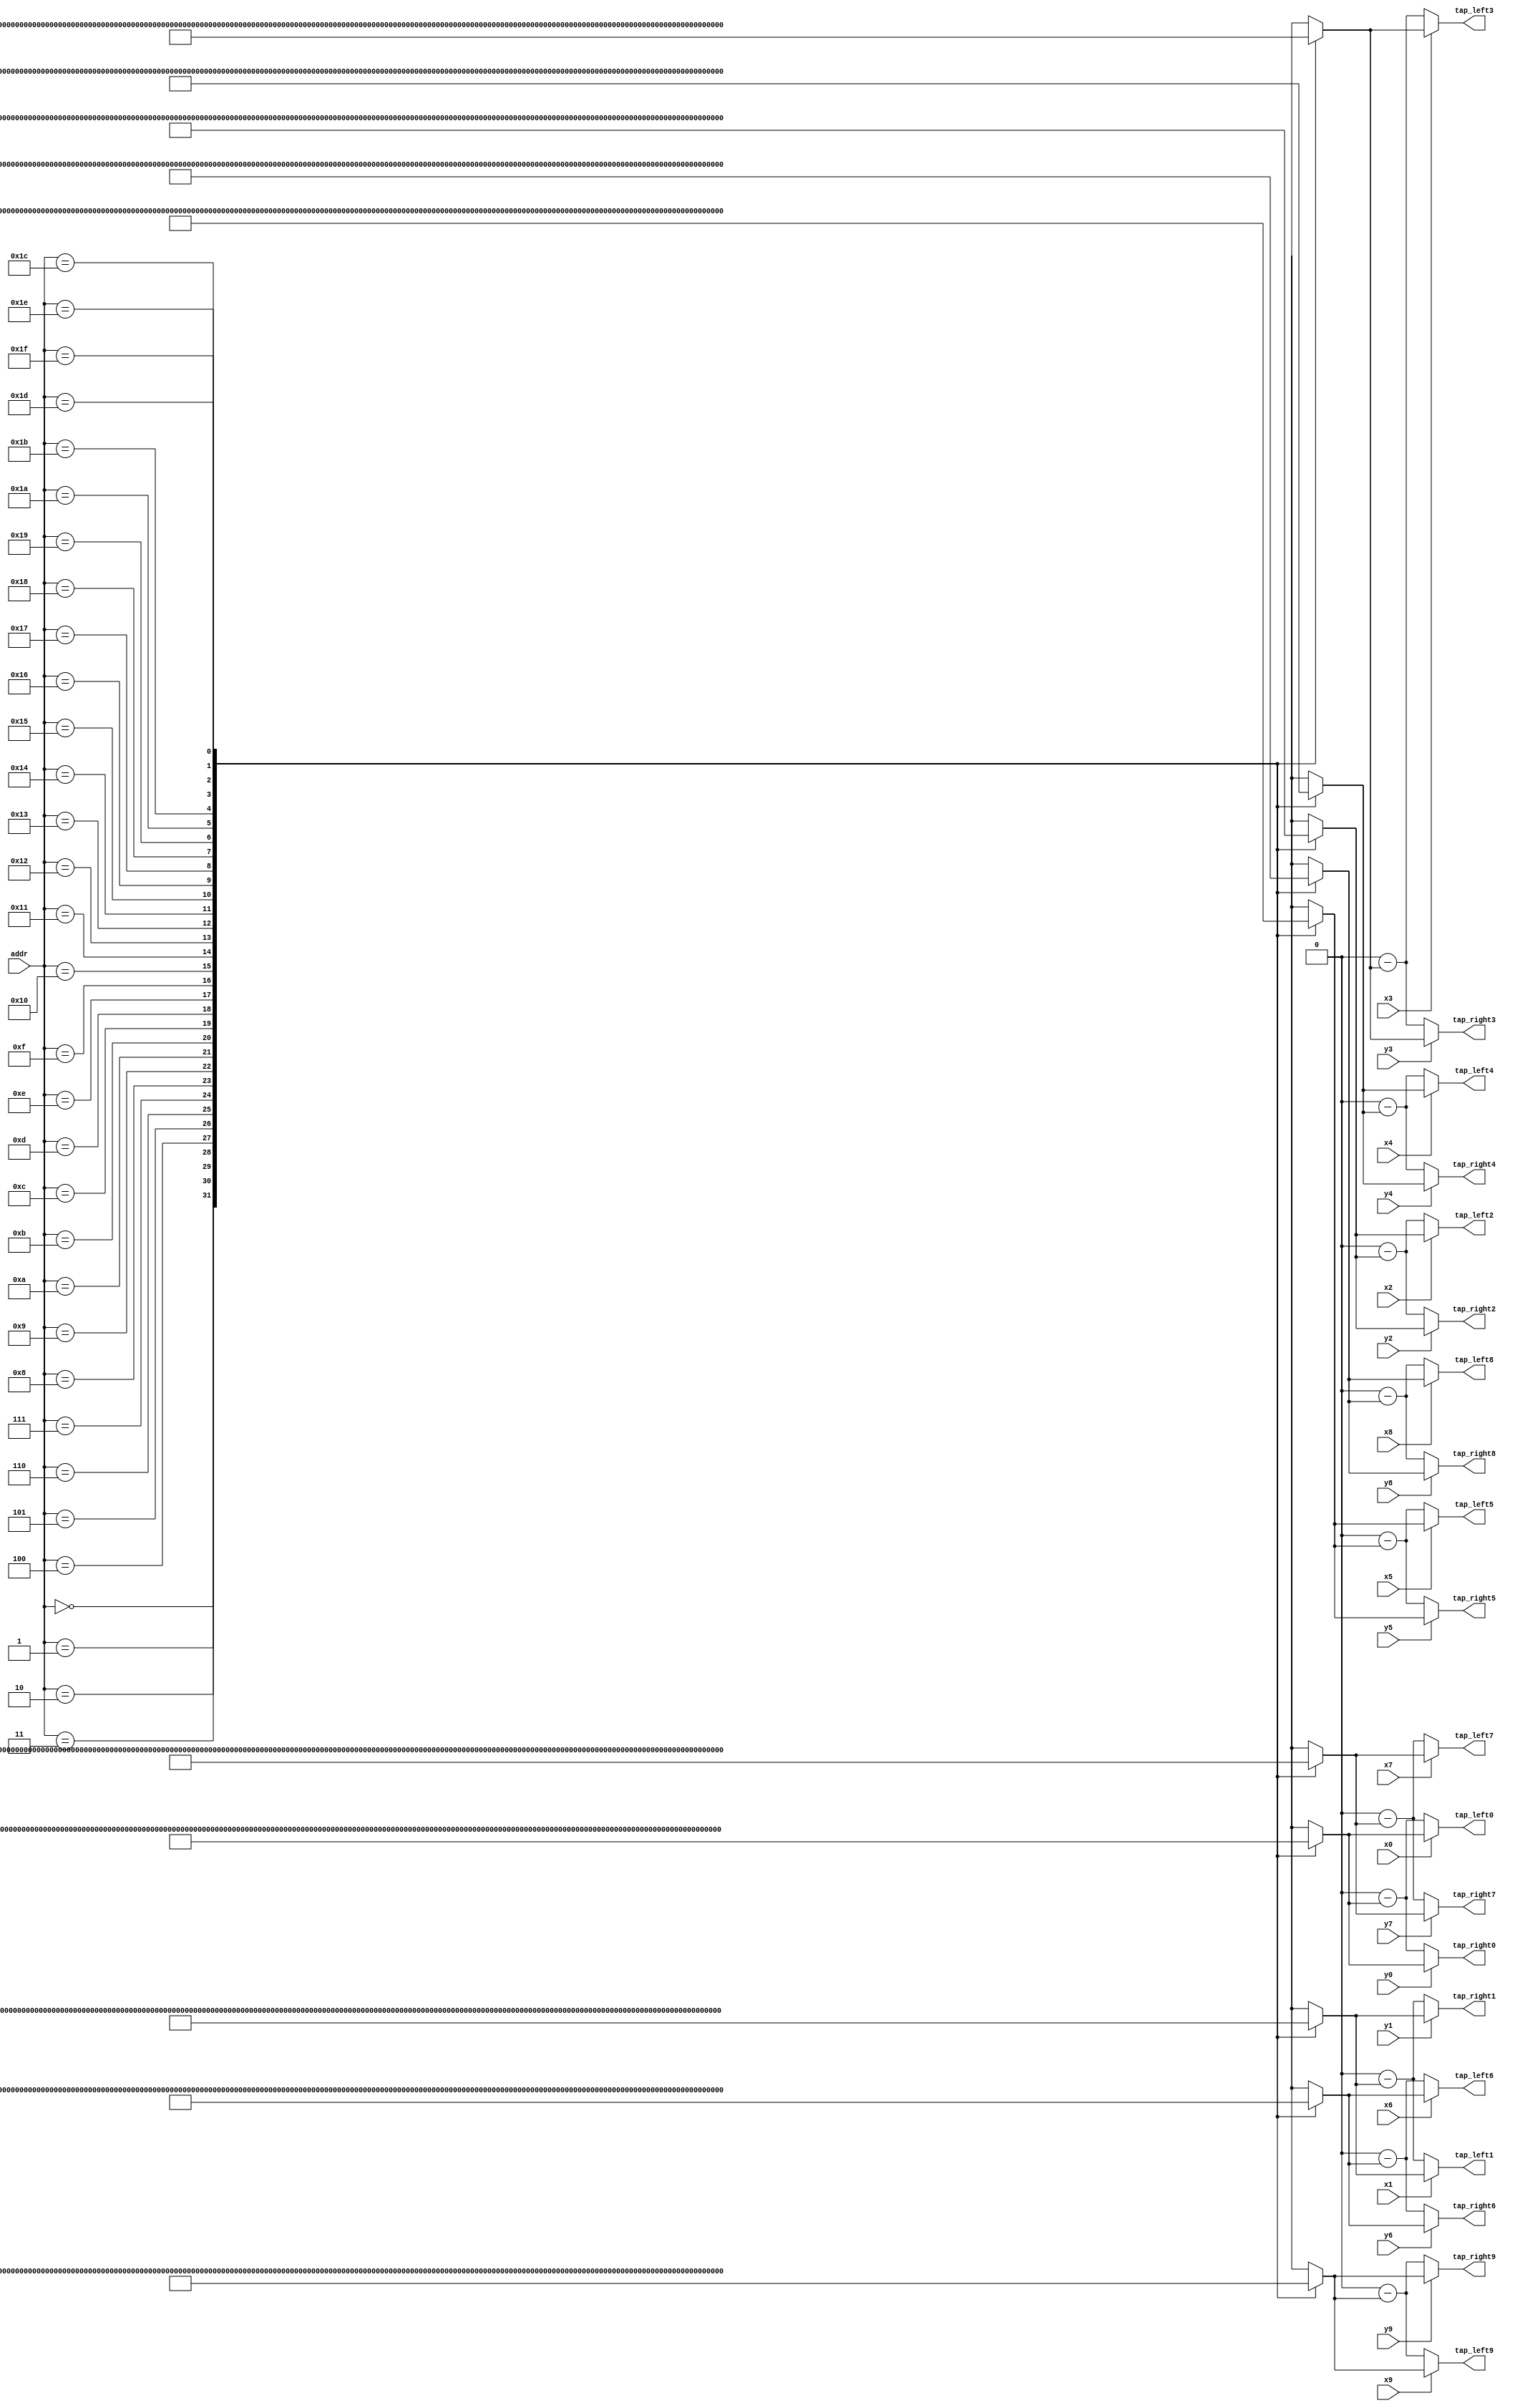
module dsd128_rom(
input x0,
input x1,
input x2,
input x3,
input x4,
input x5,
input x6,
input x7,
input x8,
input x9,
input y0,
input y1,
input y2,
input y3,
input y4,
input y5,
input y6,
input y7,
input y8,
input y9,
output signed [31:0] tap_left0,
output signed [31:0] tap_left1,
output signed [31:0] tap_left2,
output signed [31:0] tap_left3,
output signed [31:0] tap_left4,
output signed [31:0] tap_left5,
output signed [31:0] tap_left6,
output signed [31:0] tap_left7,
output signed [31:0] tap_left8,
output signed [31:0] tap_left9,
output signed [31:0] tap_right0,
output signed [31:0] tap_right1,
output signed [31:0] tap_right2,
output signed [31:0] tap_right3,
output signed [31:0] tap_right4,
output signed [31:0] tap_right5,
output signed [31:0] tap_right6,
output signed [31:0] tap_right7,
output signed [31:0] tap_right8,
output signed [31:0] tap_right9,
input [4:0] addr
);

wire signed [31:0] TAP128_MAP0[0:31];
wire signed [31:0] TAP128_MAP1[0:31];
wire signed [31:0] TAP128_MAP2[0:31];
wire signed [31:0] TAP128_MAP3[0:31];
wire signed [31:0] TAP128_MAP4[0:31];
wire signed [31:0] TAP128_MAP5[0:31];
wire signed [31:0] TAP128_MAP6[0:31];
wire signed [31:0] TAP128_MAP7[0:31];
wire signed [31:0] TAP128_MAP8[0:31];
wire signed [31:0] TAP128_MAP9[0:31];

assign TAP128_MAP0[0] = 244;
assign TAP128_MAP1[0] = 223;
assign TAP128_MAP2[0] = 323;
assign TAP128_MAP3[0] = 450;
assign TAP128_MAP4[0] = 610;
assign TAP128_MAP5[0] = 808;
assign TAP128_MAP6[0] = 1050;
assign TAP128_MAP7[0] = 1341;
assign TAP128_MAP8[0] = 1689;
assign TAP128_MAP9[0] = 2100;
assign TAP128_MAP0[1] = 2583;
assign TAP128_MAP1[1] = 3144;
assign TAP128_MAP2[1] = 3792;
assign TAP128_MAP3[1] = 4534;
assign TAP128_MAP4[1] = 5378;
assign TAP128_MAP5[1] = 6333;
assign TAP128_MAP6[1] = 7404;
assign TAP128_MAP7[1] = 8601;
assign TAP128_MAP8[1] = 9928;
assign TAP128_MAP9[1] = 11391;
assign TAP128_MAP0[2] = 12995;
assign TAP128_MAP1[2] = 14742;
assign TAP128_MAP2[2] = 16635;
assign TAP128_MAP3[2] = 18671;
assign TAP128_MAP4[2] = 20850;
assign TAP128_MAP5[2] = 23166;
assign TAP128_MAP6[2] = 25611;
assign TAP128_MAP7[2] = 28175;
assign TAP128_MAP8[2] = 30843;
assign TAP128_MAP9[2] = 33597;
assign TAP128_MAP0[3] = 36416;
assign TAP128_MAP1[3] = 39273;
assign TAP128_MAP2[3] = 42138;
assign TAP128_MAP3[3] = 44973;
assign TAP128_MAP4[3] = 47739;
assign TAP128_MAP5[3] = 50389;
assign TAP128_MAP6[3] = 52870;
assign TAP128_MAP7[3] = 55125;
assign TAP128_MAP8[3] = 57089;
assign TAP128_MAP9[3] = 58692;
assign TAP128_MAP0[4] = 59858;
assign TAP128_MAP1[4] = 60504;
assign TAP128_MAP2[4] = 60542;
assign TAP128_MAP3[4] = 59878;
assign TAP128_MAP4[4] = 58411;
assign TAP128_MAP5[4] = 56037;
assign TAP128_MAP6[4] = 52644;
assign TAP128_MAP7[4] = 48117;
assign TAP128_MAP8[4] = 42340;
assign TAP128_MAP9[4] = 35188;
assign TAP128_MAP0[5] = 26537;
assign TAP128_MAP1[5] = 16262;
assign TAP128_MAP2[5] = 4236;
assign TAP128_MAP3[5] = -9668;
assign TAP128_MAP4[5] = -25575;
assign TAP128_MAP5[5] = -43608;
assign TAP128_MAP6[5] = -63883;
assign TAP128_MAP7[5] = -86515;
assign TAP128_MAP8[5] = -111607;
assign TAP128_MAP9[5] = -139257;
assign TAP128_MAP0[6] = -169551;
assign TAP128_MAP1[6] = -202563;
assign TAP128_MAP2[6] = -238354;
assign TAP128_MAP3[6] = -276968;
assign TAP128_MAP4[6] = -318433;
assign TAP128_MAP5[6] = -362756;
assign TAP128_MAP6[6] = -409925;
assign TAP128_MAP7[6] = -459902;
assign TAP128_MAP8[6] = -512627;
assign TAP128_MAP9[6] = -568011;
assign TAP128_MAP0[7] = -625939;
assign TAP128_MAP1[7] = -686263;
assign TAP128_MAP2[7] = -748807;
assign TAP128_MAP3[7] = -813360;
assign TAP128_MAP4[7] = -879677;
assign TAP128_MAP5[7] = -947479;
assign TAP128_MAP6[7] = -1016449;
assign TAP128_MAP7[7] = -1086236;
assign TAP128_MAP8[7] = -1156448;
assign TAP128_MAP9[7] = -1226659;
assign TAP128_MAP0[8] = -1296403;
assign TAP128_MAP1[8] = -1365177;
assign TAP128_MAP2[8] = -1432442;
assign TAP128_MAP3[8] = -1497623;
assign TAP128_MAP4[8] = -1560108;
assign TAP128_MAP5[8] = -1619253;
assign TAP128_MAP6[8] = -1674381;
assign TAP128_MAP7[8] = -1724787;
assign TAP128_MAP8[8] = -1769735;
assign TAP128_MAP9[8] = -1808467;
assign TAP128_MAP0[9] = -1840200;
assign TAP128_MAP1[9] = -1864136;
assign TAP128_MAP2[9] = -1879457;
assign TAP128_MAP3[9] = -1885338;
assign TAP128_MAP4[9] = -1880943;
assign TAP128_MAP5[9] = -1865434;
assign TAP128_MAP6[9] = -1837975;
assign TAP128_MAP7[9] = -1797737;
assign TAP128_MAP8[9] = -1743901;
assign TAP128_MAP9[9] = -1675664;
assign TAP128_MAP0[10] = -1592247;
assign TAP128_MAP1[10] = -1492897;
assign TAP128_MAP2[10] = -1376893;
assign TAP128_MAP3[10] = -1243554;
assign TAP128_MAP4[10] = -1092241;
assign TAP128_MAP5[10] = -922365;
assign TAP128_MAP6[10] = -733393;
assign TAP128_MAP7[10] = -524850;
assign TAP128_MAP8[10] = -296328;
assign TAP128_MAP9[10] = -47489;
assign TAP128_MAP0[11] = 221932;
assign TAP128_MAP1[11] = 512118;
assign TAP128_MAP2[11] = 823170;
assign TAP128_MAP3[11] = 1155100;
assign TAP128_MAP4[11] = 1507830;
assign TAP128_MAP5[11] = 1881189;
assign TAP128_MAP6[11] = 2274907;
assign TAP128_MAP7[11] = 2688617;
assign TAP128_MAP8[11] = 3121852;
assign TAP128_MAP9[11] = 3574043;
assign TAP128_MAP0[12] = 4044520;
assign TAP128_MAP1[12] = 4532510;
assign TAP128_MAP2[12] = 5037141;
assign TAP128_MAP3[12] = 5557439;
assign TAP128_MAP4[12] = 6092333;
assign TAP128_MAP5[12] = 6640658;
assign TAP128_MAP6[12] = 7201156;
assign TAP128_MAP7[12] = 7772479;
assign TAP128_MAP8[12] = 8353196;
assign TAP128_MAP9[12] = 8941798;
assign TAP128_MAP0[13] = 9536699;
assign TAP128_MAP1[13] = 10136248;
assign TAP128_MAP2[13] = 10738731;
assign TAP128_MAP3[13] = 11342380;
assign TAP128_MAP4[13] = 11945381;
assign TAP128_MAP5[13] = 12545878;
assign TAP128_MAP6[13] = 13141987;
assign TAP128_MAP7[13] = 13731801;
assign TAP128_MAP8[13] = 14313397;
assign TAP128_MAP9[13] = 14884852;
assign TAP128_MAP0[14] = 15444242;
assign TAP128_MAP1[14] = 15989660;
assign TAP128_MAP2[14] = 16519223;
assign TAP128_MAP3[14] = 17031078;
assign TAP128_MAP4[14] = 17523416;
assign TAP128_MAP5[14] = 17994476;
assign TAP128_MAP6[14] = 18442561;
assign TAP128_MAP7[14] = 18866040;
assign TAP128_MAP8[14] = 19263359;
assign TAP128_MAP9[14] = 19633050;
assign TAP128_MAP0[15] = 19973739;
assign TAP128_MAP1[15] = 20284151;
assign TAP128_MAP2[15] = 20563118;
assign TAP128_MAP3[15] = 20809587;
assign TAP128_MAP4[15] = 21022621;
assign TAP128_MAP5[15] = 21201410;
assign TAP128_MAP6[15] = 21345270;
assign TAP128_MAP7[15] = 21453651;
assign TAP128_MAP8[15] = 21526138;
assign TAP128_MAP9[15] = 21562450;
assign TAP128_MAP0[16] = 21562450;
assign TAP128_MAP1[16] = 21526138;
assign TAP128_MAP2[16] = 21453651;
assign TAP128_MAP3[16] = 21345270;
assign TAP128_MAP4[16] = 21201410;
assign TAP128_MAP5[16] = 21022621;
assign TAP128_MAP6[16] = 20809587;
assign TAP128_MAP7[16] = 20563118;
assign TAP128_MAP8[16] = 20284151;
assign TAP128_MAP9[16] = 19973739;
assign TAP128_MAP0[17] = 19633050;
assign TAP128_MAP1[17] = 19263359;
assign TAP128_MAP2[17] = 18866040;
assign TAP128_MAP3[17] = 18442561;
assign TAP128_MAP4[17] = 17994476;
assign TAP128_MAP5[17] = 17523416;
assign TAP128_MAP6[17] = 17031078;
assign TAP128_MAP7[17] = 16519223;
assign TAP128_MAP8[17] = 15989660;
assign TAP128_MAP9[17] = 15444242;
assign TAP128_MAP0[18] = 14884852;
assign TAP128_MAP1[18] = 14313397;
assign TAP128_MAP2[18] = 13731801;
assign TAP128_MAP3[18] = 13141987;
assign TAP128_MAP4[18] = 12545878;
assign TAP128_MAP5[18] = 11945381;
assign TAP128_MAP6[18] = 11342380;
assign TAP128_MAP7[18] = 10738731;
assign TAP128_MAP8[18] = 10136248;
assign TAP128_MAP9[18] = 9536699;
assign TAP128_MAP0[19] = 8941798;
assign TAP128_MAP1[19] = 8353196;
assign TAP128_MAP2[19] = 7772479;
assign TAP128_MAP3[19] = 7201156;
assign TAP128_MAP4[19] = 6640658;
assign TAP128_MAP5[19] = 6092333;
assign TAP128_MAP6[19] = 5557439;
assign TAP128_MAP7[19] = 5037141;
assign TAP128_MAP8[19] = 4532510;
assign TAP128_MAP9[19] = 4044520;
assign TAP128_MAP0[20] = 3574043;
assign TAP128_MAP1[20] = 3121852;
assign TAP128_MAP2[20] = 2688617;
assign TAP128_MAP3[20] = 2274907;
assign TAP128_MAP4[20] = 1881189;
assign TAP128_MAP5[20] = 1507830;
assign TAP128_MAP6[20] = 1155100;
assign TAP128_MAP7[20] = 823170;
assign TAP128_MAP8[20] = 512118;
assign TAP128_MAP9[20] = 221932;
assign TAP128_MAP0[21] = -47489;
assign TAP128_MAP1[21] = -296328;
assign TAP128_MAP2[21] = -524850;
assign TAP128_MAP3[21] = -733393;
assign TAP128_MAP4[21] = -922365;
assign TAP128_MAP5[21] = -1092241;
assign TAP128_MAP6[21] = -1243554;
assign TAP128_MAP7[21] = -1376893;
assign TAP128_MAP8[21] = -1492897;
assign TAP128_MAP9[21] = -1592247;
assign TAP128_MAP0[22] = -1675664;
assign TAP128_MAP1[22] = -1743901;
assign TAP128_MAP2[22] = -1797737;
assign TAP128_MAP3[22] = -1837975;
assign TAP128_MAP4[22] = -1865434;
assign TAP128_MAP5[22] = -1880943;
assign TAP128_MAP6[22] = -1885338;
assign TAP128_MAP7[22] = -1879457;
assign TAP128_MAP8[22] = -1864136;
assign TAP128_MAP9[22] = -1840200;
assign TAP128_MAP0[23] = -1808467;
assign TAP128_MAP1[23] = -1769735;
assign TAP128_MAP2[23] = -1724787;
assign TAP128_MAP3[23] = -1674381;
assign TAP128_MAP4[23] = -1619253;
assign TAP128_MAP5[23] = -1560108;
assign TAP128_MAP6[23] = -1497623;
assign TAP128_MAP7[23] = -1432442;
assign TAP128_MAP8[23] = -1365177;
assign TAP128_MAP9[23] = -1296403;
assign TAP128_MAP0[24] = -1226659;
assign TAP128_MAP1[24] = -1156448;
assign TAP128_MAP2[24] = -1086236;
assign TAP128_MAP3[24] = -1016449;
assign TAP128_MAP4[24] = -947479;
assign TAP128_MAP5[24] = -879677;
assign TAP128_MAP6[24] = -813360;
assign TAP128_MAP7[24] = -748807;
assign TAP128_MAP8[24] = -686263;
assign TAP128_MAP9[24] = -625939;
assign TAP128_MAP0[25] = -568011;
assign TAP128_MAP1[25] = -512627;
assign TAP128_MAP2[25] = -459902;
assign TAP128_MAP3[25] = -409925;
assign TAP128_MAP4[25] = -362756;
assign TAP128_MAP5[25] = -318433;
assign TAP128_MAP6[25] = -276968;
assign TAP128_MAP7[25] = -238354;
assign TAP128_MAP8[25] = -202563;
assign TAP128_MAP9[25] = -169551;
assign TAP128_MAP0[26] = -139257;
assign TAP128_MAP1[26] = -111607;
assign TAP128_MAP2[26] = -86515;
assign TAP128_MAP3[26] = -63883;
assign TAP128_MAP4[26] = -43608;
assign TAP128_MAP5[26] = -25575;
assign TAP128_MAP6[26] = -9668;
assign TAP128_MAP7[26] = 4236;
assign TAP128_MAP8[26] = 16262;
assign TAP128_MAP9[26] = 26537;
assign TAP128_MAP0[27] = 35188;
assign TAP128_MAP1[27] = 42340;
assign TAP128_MAP2[27] = 48117;
assign TAP128_MAP3[27] = 52644;
assign TAP128_MAP4[27] = 56037;
assign TAP128_MAP5[27] = 58411;
assign TAP128_MAP6[27] = 59878;
assign TAP128_MAP7[27] = 60542;
assign TAP128_MAP8[27] = 60504;
assign TAP128_MAP9[27] = 59858;
assign TAP128_MAP0[28] = 58692;
assign TAP128_MAP1[28] = 57089;
assign TAP128_MAP2[28] = 55125;
assign TAP128_MAP3[28] = 52870;
assign TAP128_MAP4[28] = 50389;
assign TAP128_MAP5[28] = 47739;
assign TAP128_MAP6[28] = 44973;
assign TAP128_MAP7[28] = 42138;
assign TAP128_MAP8[28] = 39273;
assign TAP128_MAP9[28] = 36416;
assign TAP128_MAP0[29] = 33597;
assign TAP128_MAP1[29] = 30843;
assign TAP128_MAP2[29] = 28175;
assign TAP128_MAP3[29] = 25611;
assign TAP128_MAP4[29] = 23166;
assign TAP128_MAP5[29] = 20850;
assign TAP128_MAP6[29] = 18671;
assign TAP128_MAP7[29] = 16635;
assign TAP128_MAP8[29] = 14742;
assign TAP128_MAP9[29] = 12995;
assign TAP128_MAP0[30] = 11391;
assign TAP128_MAP1[30] = 9928;
assign TAP128_MAP2[30] = 8601;
assign TAP128_MAP3[30] = 7404;
assign TAP128_MAP4[30] = 6333;
assign TAP128_MAP5[30] = 5378;
assign TAP128_MAP6[30] = 4534;
assign TAP128_MAP7[30] = 3792;
assign TAP128_MAP8[30] = 3144;
assign TAP128_MAP9[30] = 2583;
assign TAP128_MAP0[31] = 2100;
assign TAP128_MAP1[31] = 1689;
assign TAP128_MAP2[31] = 1341;
assign TAP128_MAP3[31] = 1050;
assign TAP128_MAP4[31] = 808;
assign TAP128_MAP5[31] = 610;
assign TAP128_MAP6[31] = 450;
assign TAP128_MAP7[31] = 323;
assign TAP128_MAP8[31] = 223;
assign TAP128_MAP9[31] = 244;

wire signed [31:0]l128_0 = x0 ? TAP128_MAP0[addr] : (32'd0 - TAP128_MAP0[addr]);
wire signed [31:0]r128_0 = y0 ? TAP128_MAP0[addr] : (32'd0 - TAP128_MAP0[addr]);
assign tap_left0 = l128_0;
assign tap_right0 = r128_0;
wire signed [31:0]l128_1 = x1 ? TAP128_MAP1[addr] : (32'd0 - TAP128_MAP1[addr]);
wire signed [31:0]r128_1 = y1 ? TAP128_MAP1[addr] : (32'd0 - TAP128_MAP1[addr]);
assign tap_left1 = l128_1;
assign tap_right1 = r128_1;
wire signed [31:0]l128_2 = x2 ? TAP128_MAP2[addr] : (32'd0 - TAP128_MAP2[addr]);
wire signed [31:0]r128_2 = y2 ? TAP128_MAP2[addr] : (32'd0 - TAP128_MAP2[addr]);
assign tap_left2 = l128_2;
assign tap_right2 = r128_2;
wire signed [31:0]l128_3 = x3 ? TAP128_MAP3[addr] : (32'd0 - TAP128_MAP3[addr]);
wire signed [31:0]r128_3 = y3 ? TAP128_MAP3[addr] : (32'd0 - TAP128_MAP3[addr]);
assign tap_left3 = l128_3;
assign tap_right3 = r128_3;
wire signed [31:0]l128_4 = x4 ? TAP128_MAP4[addr] : (32'd0 - TAP128_MAP4[addr]);
wire signed [31:0]r128_4 = y4 ? TAP128_MAP4[addr] : (32'd0 - TAP128_MAP4[addr]);
assign tap_left4 = l128_4;
assign tap_right4 = r128_4;
wire signed [31:0]l128_5 = x5 ? TAP128_MAP5[addr] : (32'd0 - TAP128_MAP5[addr]);
wire signed [31:0]r128_5 = y5 ? TAP128_MAP5[addr] : (32'd0 - TAP128_MAP5[addr]);
assign tap_left5 = l128_5;
assign tap_right5 = r128_5;
wire signed [31:0]l128_6 = x6 ? TAP128_MAP6[addr] : (32'd0 - TAP128_MAP6[addr]);
wire signed [31:0]r128_6 = y6 ? TAP128_MAP6[addr] : (32'd0 - TAP128_MAP6[addr]);
assign tap_left6 = l128_6;
assign tap_right6 = r128_6;
wire signed [31:0]l128_7 = x7 ? TAP128_MAP7[addr] : (32'd0 - TAP128_MAP7[addr]);
wire signed [31:0]r128_7 = y7 ? TAP128_MAP7[addr] : (32'd0 - TAP128_MAP7[addr]);
assign tap_left7 = l128_7;
assign tap_right7 = r128_7;
wire signed [31:0]l128_8 = x8 ? TAP128_MAP8[addr] : (32'd0 - TAP128_MAP8[addr]);
wire signed [31:0]r128_8 = y8 ? TAP128_MAP8[addr] : (32'd0 - TAP128_MAP8[addr]);
assign tap_left8 = l128_8;
assign tap_right8 = r128_8;
wire signed [31:0]l128_9 = x9 ? TAP128_MAP9[addr] : (32'd0 - TAP128_MAP9[addr]);
wire signed [31:0]r128_9 = y9 ? TAP128_MAP9[addr] : (32'd0 - TAP128_MAP9[addr]);
assign tap_left9 = l128_9;
assign tap_right9 = r128_9;

endmodule